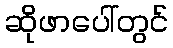
ဆိုဖာပေါ်တွင်